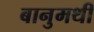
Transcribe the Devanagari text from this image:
बानुमथी